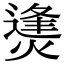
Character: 㷭